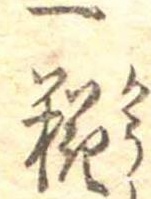
一糀